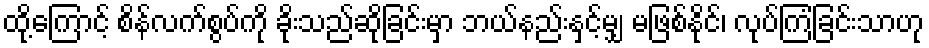
ထို့ကြောင့် စိန်လက်စွပ်ကို ခိုးသည်ဆိုခြင်းမှာ ဘယ်နည်းနှင့်မျှ မဖြစ်နိုင်၊ လုပ်ကြံခြင်းသာဟု